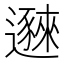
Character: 𬩥